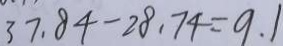
3 7 . 8 4 - 2 8 . 7 4 = 9 . 1